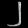
Digit: ၂